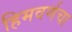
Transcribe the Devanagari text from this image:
हिमवर्णचा